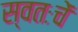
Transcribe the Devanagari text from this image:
स्वतःचें